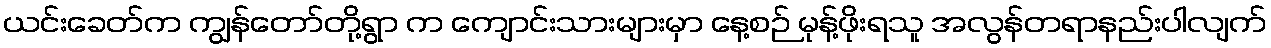
ယင်းခေတ်က ကျွန်တော်တို့ရွာ က ကျောင်းသားများမှာ နေ့စဉ် မုန့်ဖိုးရသူ အလွန်တရာနည်းပါလျက်